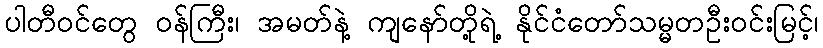
ပါတီဝင်တွေ ဝန်ကြီး၊ အမတ်နဲ့ ကျနော်တို့ရဲ့ နိုင်ငံတော်သမ္မတဦးဝင်းမြင့်၊